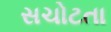
સચોટતા